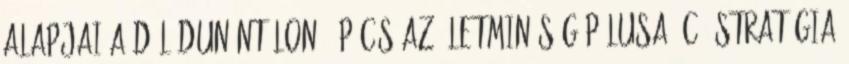
alapjai a Dél-Dunántúlon; „Pécs az Életminôség Pólusa“ c. Stratégia